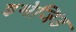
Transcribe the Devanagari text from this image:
इमेजिंड